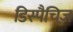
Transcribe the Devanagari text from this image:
डिस्पैचिज़